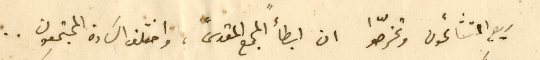
ربح المتشائمون وتخرّصوا ان ابطأ "المجمع المقدس"، واختلف السَادة المجتمعون..